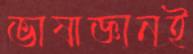
ভাষাজ্ঞানই